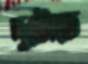
দুটোতে